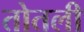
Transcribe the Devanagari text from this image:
तोतली